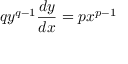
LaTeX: q y ^ { q - 1 } { \frac { d y } { d x } } = p x ^ { p - 1 }